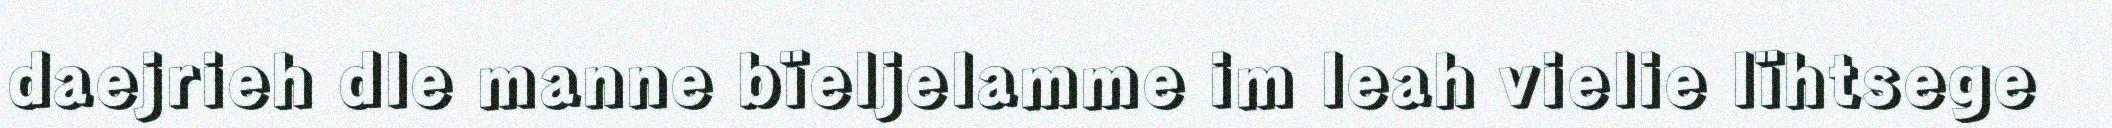
daejrieh dle manne bïeljelamme im leah vielie lïhtsege